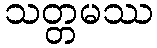
သတ္တမဿ